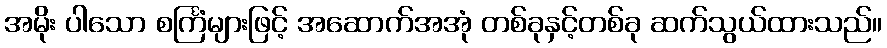
အမိုး ပါသော စင်္ကြံများဖြင့် အဆောက်အအုံ တစ်ခုနှင့်တစ်ခု ဆက်သွယ်ထားသည်။